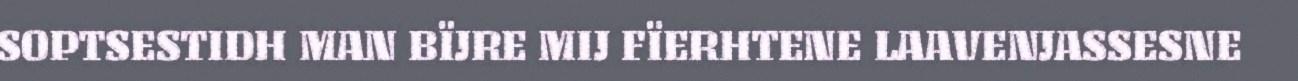
SOPTSESTIDH MAN BÏJRE MIJ FÏERHTENE LAAVENJASSESNE